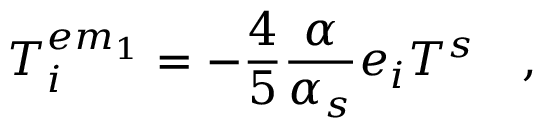
T _ { i } ^ { e m _ { 1 } } = - \frac { 4 } { 5 } \frac { \alpha } { \alpha _ { s } } e _ { i } T ^ { s } \quad ,